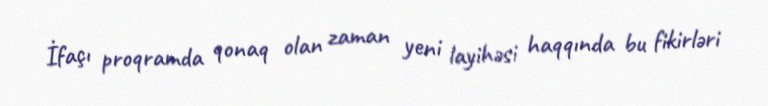
İfaçı proqramda qonaq olan zaman yeni layihəsi haqqında bu fikirləri